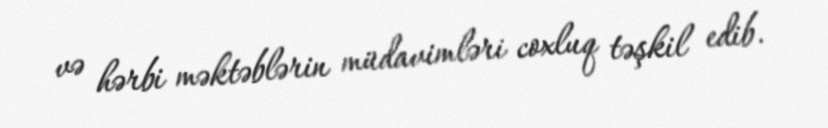
və hərbi məktəblərin müdavimləri coxluq təşkil edib.